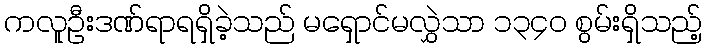
ကလူဦးဒဏ်ရာရရှိခဲ့သည် မရှောင်မလွှဲသာ ၁၃၄၀ စွမ်းရှိသည့်